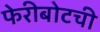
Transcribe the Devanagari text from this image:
फेरीबोटची